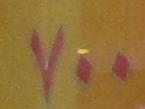
٧ . .